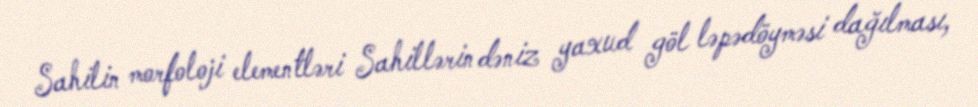
Sahilin morfoloji elementləri Sahillərin dəniz yaxud göl ləpədöyməsi dağılması,